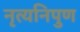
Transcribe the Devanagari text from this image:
नृत्यनिपुण